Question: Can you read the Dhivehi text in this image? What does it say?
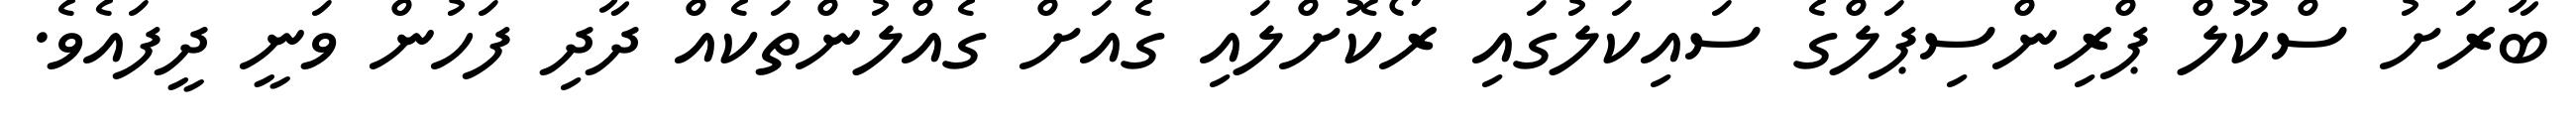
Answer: ބާރަށު ސްކޫލް ޕްރިންސިޕަލްގެ ސައިކަލުގައި ރޯކޮށްލައި ގެއަށް ގެއްލުންތަކެއް ދާދި ފަހުން ވަނީ ދީފައެވެ.